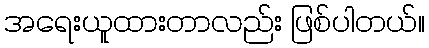
အရေးယူထားတာလည်း ဖြစ်ပါတယ်။